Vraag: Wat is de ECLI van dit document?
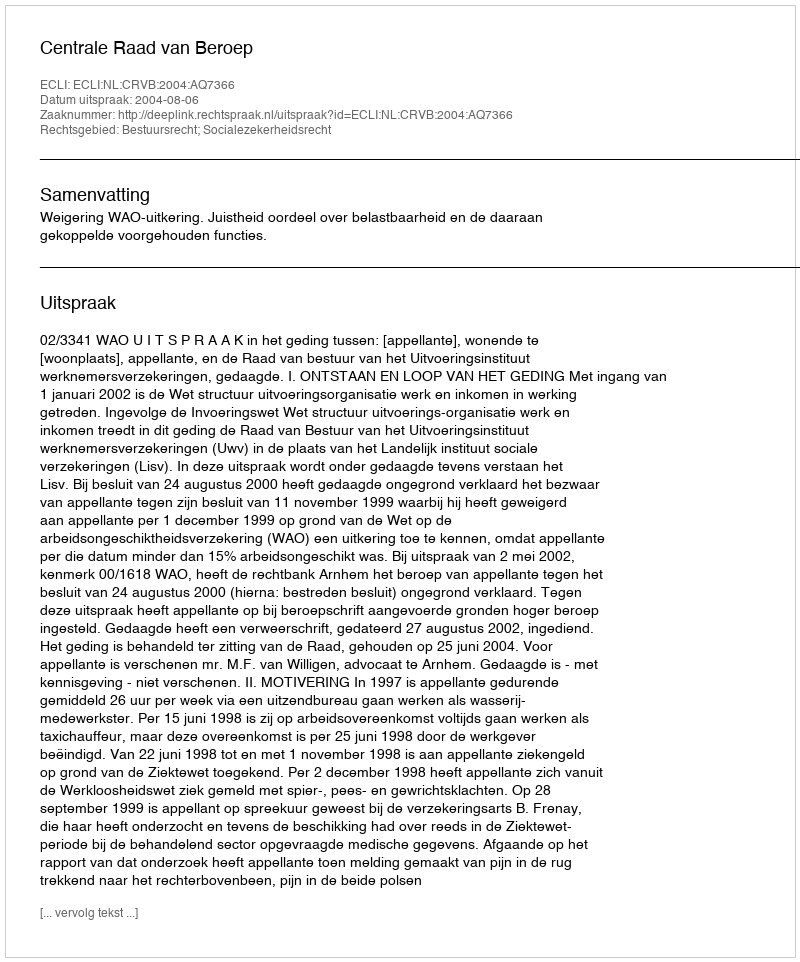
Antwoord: ECLI:NL:CRVB:2004:AQ7366